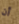
أن